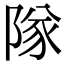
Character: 隊